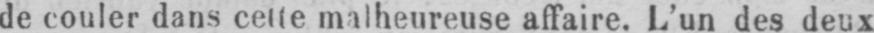
de couler dans cette malheureuse affaire. L’un des deux